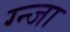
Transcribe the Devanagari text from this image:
ग्न्जा